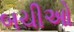
બચીઓ